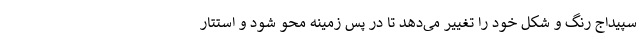
سپیداج رنگ و شکل خود را تغییر می‌دهد تا در پس زمینه محو شود و استتار